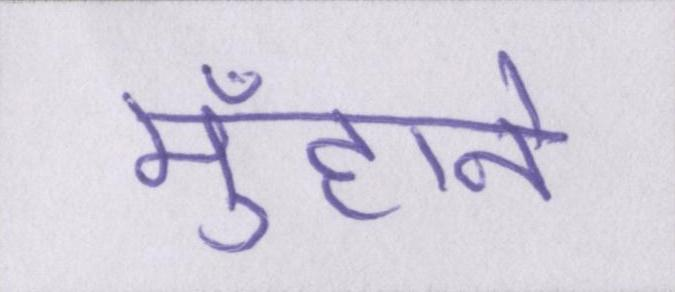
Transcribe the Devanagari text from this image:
मुँहाने